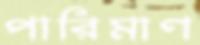
পারিমাণ